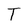
Character: T